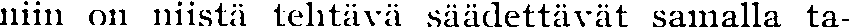
niin on niistä tehtävä säädettävät samalla ta-